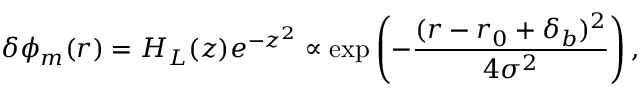
\delta \phi _ { m } ( r ) = H _ { L } ( z ) e ^ { - z ^ { 2 } } \propto \exp \left( - \frac { ( r - r _ { 0 } + \delta _ { b } ) ^ { 2 } } { 4 \sigma ^ { 2 } } \right) ,